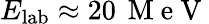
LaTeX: E_{\mathrm{lab}}\approx 20\, \mathrm{~M~e~V~}